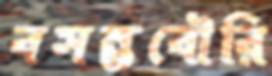
বসন্তবৌরি